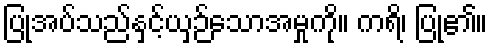
ပြုအပ်သည်နှင့်ယှဉ်သောအမှုကို။ ကရိ၊ ပြု၏။